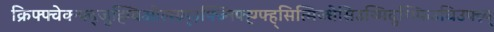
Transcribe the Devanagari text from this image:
क्रिफ्फ्वेक्न्फ्द्जुह्ग्विओल्स्ग्र्म्३फ्ज्निफ्ह्ग्फ्ह्सित्मिज्धेसिउथ्मिदुग्भ्फिउघिउफ्व्न्य्